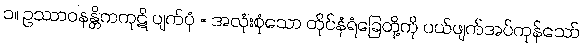
၁။ ဥဿာဝနန္တိကကုဋိ ပျက်ပုံ = အလုံးစုံသော တိုင်နံရံခြေတို့ကို ပယ်ဖျက်အပ်ကုန်သော်